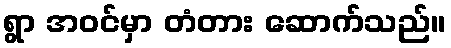
ရွာ အဝင်မှာ တံတား ဆောက်သည်။